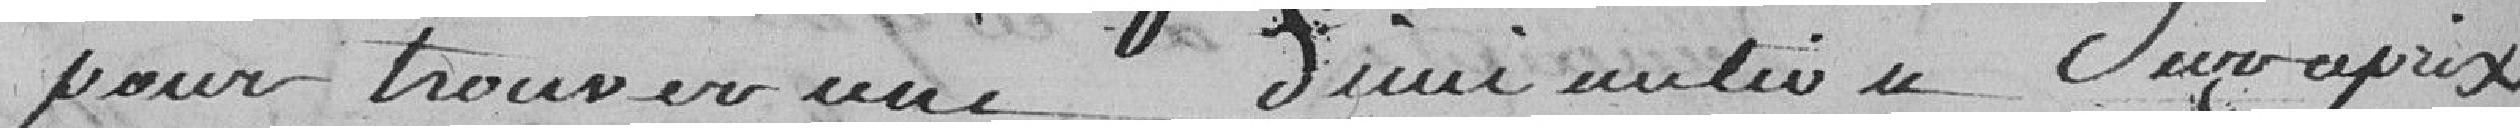
pour trouver une diminution sur ce prix